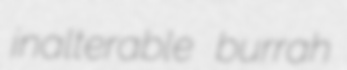
inalterable burrah